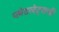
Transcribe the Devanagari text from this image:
प्लेटलेट्‌सची